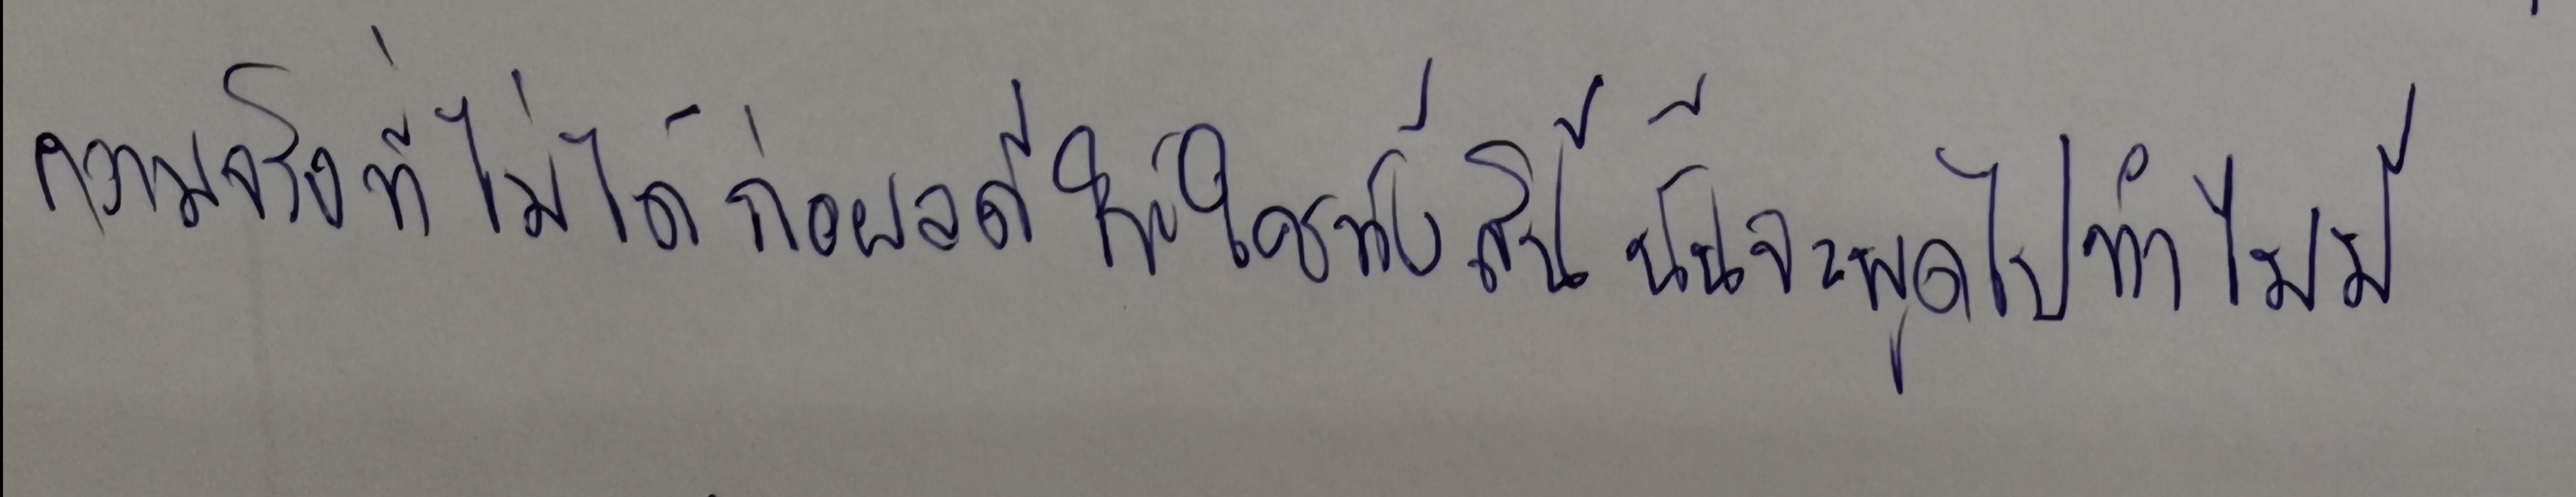
ความจริงทีไม่ได้ก่อผลดีให้ใครทั้งสิ้นนั้นจะพูดไปทำไมมี